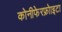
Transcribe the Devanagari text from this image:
कोनीफेरफ्रोाइटा